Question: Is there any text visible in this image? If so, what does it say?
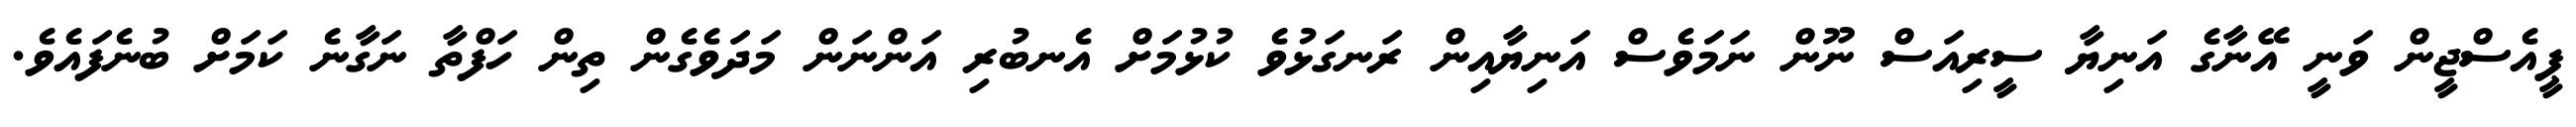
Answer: ޕީއެސްޖީން ވަނީ އޭނާގެ އަނިޔާ ސީރިއަސް ނޫން ނަމަވެސް އަނިޔާއިން ރަނގަޅުވެ ކުޅުމަށް އެނބުރި އަންނަން މަދަވެގެން ތިން ހަފްތާ ނަގާނެ ކަމަށް ބުނެފައެވެ.